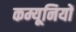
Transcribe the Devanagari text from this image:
कम्यूनियों